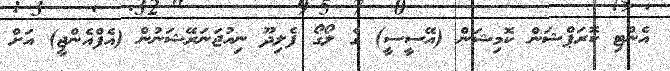
އެންޓި ކޮރަޕްޝަން ކޮމިޝަން (އޭސީސީ) ގެ ލޯގޯ ފެލިދޫ ނިއުޖަނަރޭޝަނުން (އެފްއެންޖީ) އަށް